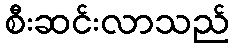
စီးဆင်းလာသည်